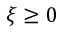
\xi \ge 0